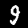
Label: 9